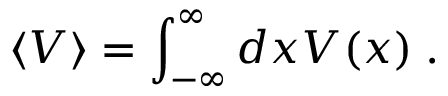
\left< V \right> = \int _ { - \infty } ^ { \infty } d x V ( x ) \; .